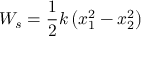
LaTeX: W _ { s } = { \frac { 1 } { 2 } } k \left( x _ { 1 } ^ { 2 } - x _ { 2 } ^ { 2 } \right)